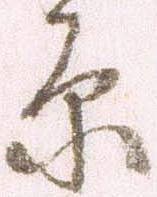
原